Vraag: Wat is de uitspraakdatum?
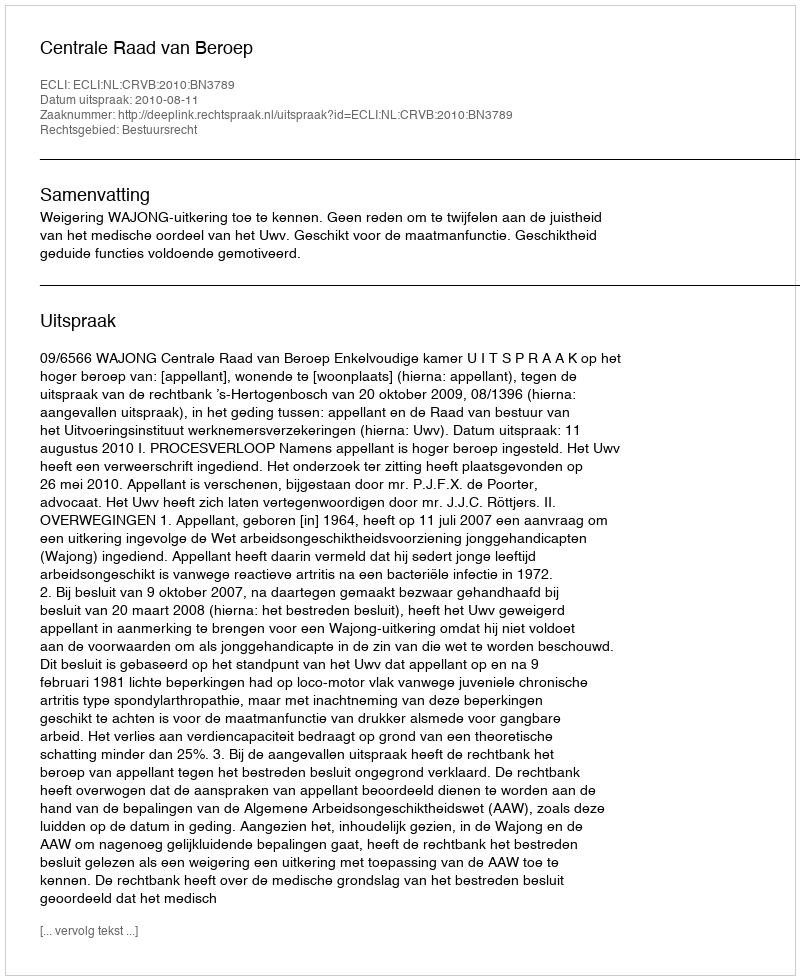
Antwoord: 2010-08-11